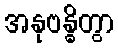
အနုဗန္ဓိတွာ